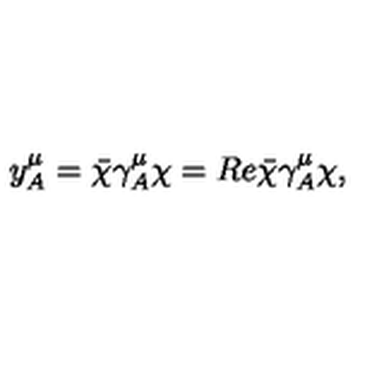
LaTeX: y _ { A } ^ { \mu } = \bar { \chi } \gamma _ { A } ^ { \mu } \chi = R e { \bar { \chi } \gamma _ { A } ^ { \mu } \chi } ,